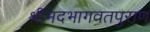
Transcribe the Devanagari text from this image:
श्रीमदभागवतपुराण